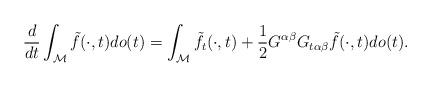
LaTeX: \begin{align*} \frac{d}{dt} \int_{\mathcal{M}}{ \tilde{f}(\cdot,t) do(t)} = \int_{\mathcal{M}}{ \tilde{f}_t(\cdot,t) + \frac{1}{2} G^{\alpha\beta} G_{t \alpha \beta} \tilde{f}(\cdot,t) do(t)}.\end{align*}